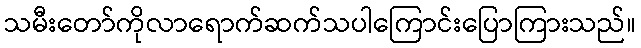
သမီးတော်ကိုလာရောက်ဆက်သပါကြောင်းပြောကြားသည်။